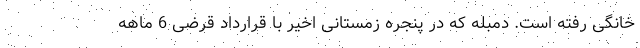
خانگی رفته است. دمبله که در پنجره زمستانی اخیر با قرارداد قرضی 6 ماهه